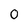
Character: 0